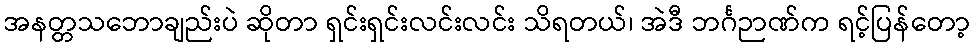
အနတ္တသဘောချည်းပဲ ဆိုတာ ရှင်းရှင်းလင်းလင်း သိရတယ်၊ အဲဒီ ဘင်္ဂဉာဏ်က ရင့်ပြန်တော့